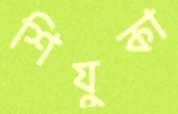
শিযুকা